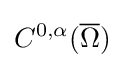
C^{0,\alpha }({\overline {\Omega }})